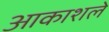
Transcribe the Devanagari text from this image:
आकाशले